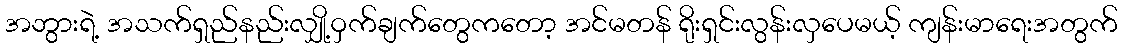
အဘွားရဲ့ အသက်ရှည်နည်းလျှို့ဝှက်ချက်တွေကတော့ အင်မတန် ရိုးရှင်းလွန်းလှပေမယ့် ကျန်းမာရေးအတွက်